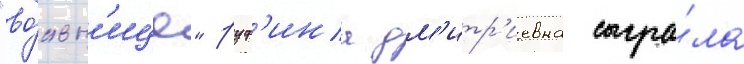
"во́льн'ице" руф'ина дм'итр'иевна сыгра́ла